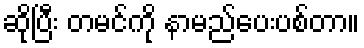
ဆိုပြီး တမင်ကို နာမည်ပေးပစ်တာ။